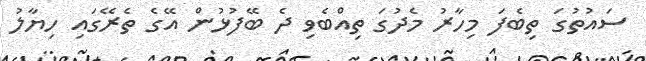
ސައުތުގަ ތިބެފަ މިހާރު މެދުގަ ތިއްބެވި ދެ ބޭފުޅުން އޭގެ ތެރޭގައި ހިޔާލު